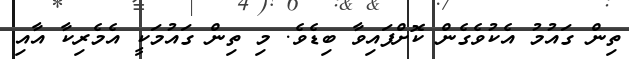
ތިން ގައުމު އެކުވެގެން ކޮށްފައިވާ ބިޑެވެ. މި ތިން ގައުމަކީ އެމެރިކާ އާއި